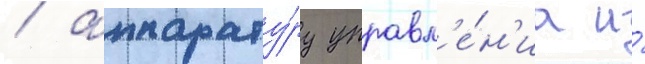
/ аппарату́ру управл'е́н'иа и́